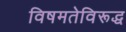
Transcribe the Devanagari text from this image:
विषमतेविरूद्ध